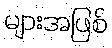
များအဖြစ်